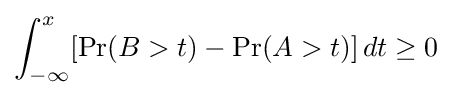
\int _{-\infty }^{x}[\Pr(B>t)-\Pr(A>t)]\,dt\geq 0